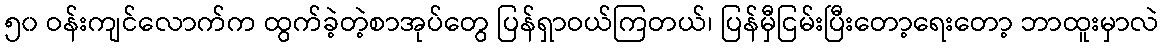
၅၀ ဝန်းကျင်လောက်က ထွက်ခဲ့တဲ့စာအုပ်တွေ ပြန်ရှာဝယ်ကြတယ်၊ ပြန်မှီငြမ်းပြီးတော့ရေးတော့ ဘာထူးမှာလဲ